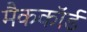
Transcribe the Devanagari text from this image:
मैककॉर्ड